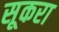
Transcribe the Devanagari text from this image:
सूकरा